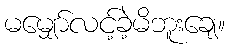
မမျှော်လင့်ခဲ့မိဘူးချေ။